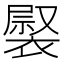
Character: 𧛽